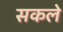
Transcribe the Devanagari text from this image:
सकले